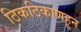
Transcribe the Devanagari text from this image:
ठिकठिकाणहून